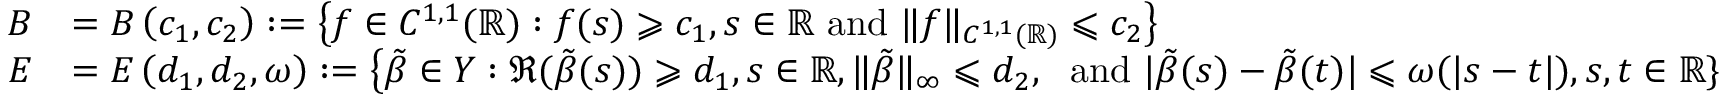
\begin{array} { r l } { B } & { = B \left( c _ { 1 } , c _ { 2 } \right) : = \left\{ f \in C ^ { 1 , 1 } ( \mathbb { R } ) : f ( s ) \geqslant c _ { 1 } , s \in \mathbb { R } \mathrm { ~ a n d ~ } \| f \| _ { C ^ { 1 , 1 } ( \mathbb { R } ) } \leqslant c _ { 2 } \right\} } \\ { E } & { = E \left( d _ { 1 } , d _ { 2 } , \omega \right) : = \left\{ \tilde { \beta } \in Y : \Re ( \tilde { \beta } ( s ) ) \geqslant d _ { 1 } , s \in \mathbb { R } , \| \tilde { \beta } \| _ { \infty } \leqslant d _ { 2 } , \right. \mathrm { ~ a n d ~ } | \tilde { \beta } ( s ) - \tilde { \beta } ( t ) | \leqslant \omega ( | s - t | ) , s , t \in \mathbb { R } \} } \end{array}